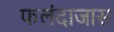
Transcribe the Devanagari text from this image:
फलंदाजास